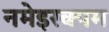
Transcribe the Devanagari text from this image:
नमेइरक्पम